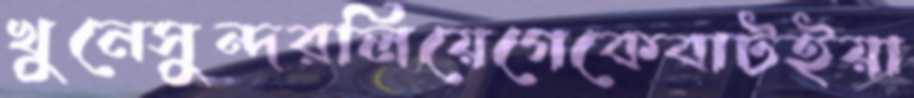
খুনেসুন্দরলিয়েগেকেবাটইয়া